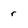
Character: r